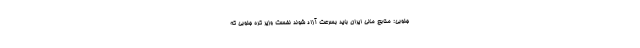
جنوبی: منابع مالی ایران باید بسرعت آزاد شوند نخست وزیر کره جنوبی که